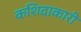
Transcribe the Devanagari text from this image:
कशिदाकारी